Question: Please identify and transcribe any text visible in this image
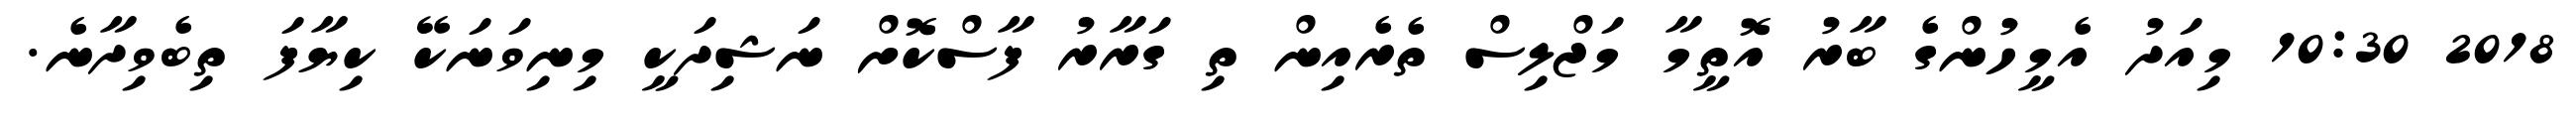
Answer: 2018 10:30 މިއަދު އެމީހުންގެ ބާރު އޮތީމާ މަޖްލިސް ތެރެއިން ތި ގަރާރު ފާސްކޮށް ނަޝިދަކީ މިނިވަނަކޭ ކިޔާފަ ތިބެވިދާނެ.